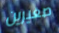
صغيرين